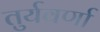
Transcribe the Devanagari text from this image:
तुर्यवर्णा